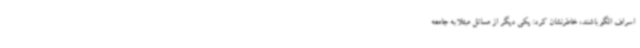
اسراف الگو باشند، خاطرنشان کرد: یکی دیگر از مسائل مبتلا به جامعه